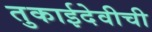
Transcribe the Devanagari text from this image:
तुकाईदेवीची